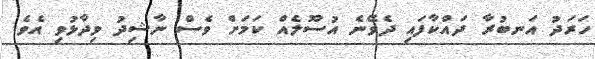
ހަރަދު އަނބުރާ ދައްކާފައި ދެވޭނެ އުސޫލެއް ކަމަށް ވެސް ނާޝިދު ވިދާޅުވި އެވެ.